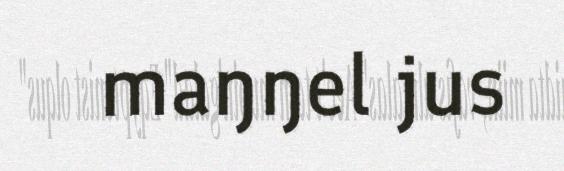
maŋŋel jus